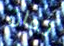
ثمان